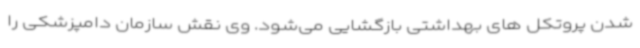
شدن پروتکل های بهداشتی بازگشایی می‌شود. وی نقش سازمان دامپزشکی را